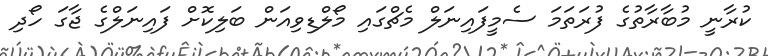
ކުރާނީ މުބާރާތުގެ ފުރަތަމަ ސެމީފައިނަލް މެޗްގައި މޯލްޑިވިއަން ބަލިކޮށް ފައިނަލްގެ ޖާގަ ހޯދި